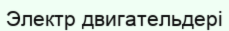
Электр двигательдері